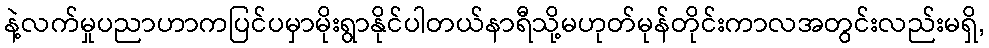
နဲ့လက်မှုပညာဟာကပြင်ပမှာမိုးရွာနိုင်ပါတယ်နာရီသို့မဟုတ်မုန်တိုင်းကာလအတွင်းလည်းမရှိ,